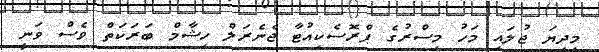
މިދިޔަ ޖުލައި މަހު މިސްރުގެ ޕްރޮސެކިއުޓާ ޖެނެރަލް ހިޝާމް ބަރަކަތް ވެސް ވަނީ